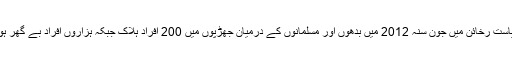
برما کی ریاست رخائن میں جون سنہ 2012 میں بدھوں اور مسلمانوں کے درمیان جھڑپوں میں 200 افراد ہلاک جبکہ ہزاروں افراد بے گھر ہوگئے تھے۔